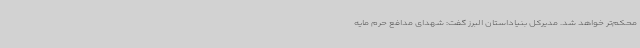
محکم‌تر خواهد شد. مدیرکل بنیاداستان البرز گفت: شهدای مدافع حرم مایه